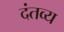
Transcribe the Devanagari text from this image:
दंतव्य